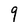
Character: 9